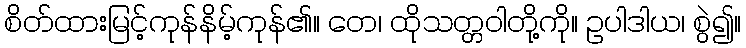
စိတ်ထားမြင့်ကုန်နိမ့်ကုန်၏။ တေ၊ ထိုသတ္တဝါတို့ကို။ ဥပါဒါယ၊ စွဲ၍။